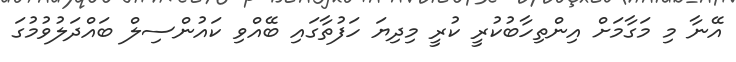
އޭނާ މި މަގާމަށް އިންތިހާބުކުރީ ކުރީ މިދިޔަ ހަފުތާގައި ބޭއްވި ކައުންސިލް ބައްދަލުވުމުގަ